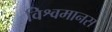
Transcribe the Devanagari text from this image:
विश्वमानस